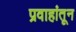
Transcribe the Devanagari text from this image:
प्रवाहांतून